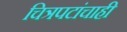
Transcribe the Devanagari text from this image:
चित्रपटांचाही